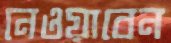
নেওয়াবেন